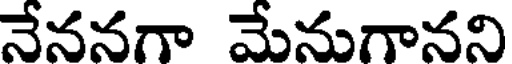
నేననగా మేనుగానని